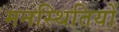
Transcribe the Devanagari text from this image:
मनस्थितियों